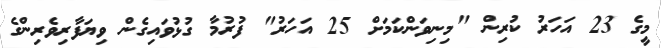
މީގެ 23 އަހަރު ކުރިން "މިނިވަންކަމަށް 25 އަހަރު" ފުރުމާ ގުޅުވައިގެން ވިޔަފާރިވެރިންގެ